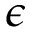
\epsilon